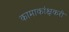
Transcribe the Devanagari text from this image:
कामाकांक्षकरी